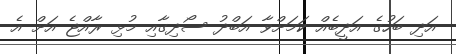
އަދި ބަހުގެ އަދީބެއް ކަމަށްވާ އަބްދު ސޯދިގާއި މުޅި ރާއްޖެ އަށް އެ